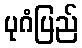
ပုဂံပြည်